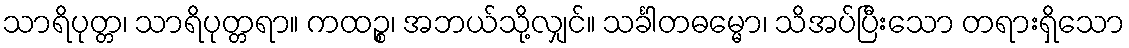
သာရိပုတ္တ၊ သာရိပုတ္တရာ။ ကထဉ္စ၊ အဘယ်သို့လျှင်။ သင်္ခါတဓမ္မော၊ သိအပ်ပြီးသော တရားရှိသော